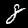
Digit: 8